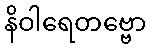
နိဝါရေတဗ္ဗော